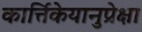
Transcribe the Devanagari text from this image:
कार्त्तिकेयानुप्रेक्षा